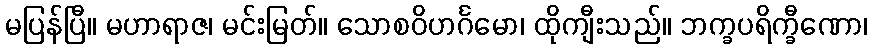
မပြန်ပြီ။ မဟာရာဇ၊ မင်းမြတ်။ သောစဝိဟင်္ဂမော၊ ထိုကျီးသည်။ ဘက္ခပရိက္ခီဏော၊